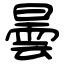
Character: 曇